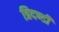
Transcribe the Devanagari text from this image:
त्रिदण्डी